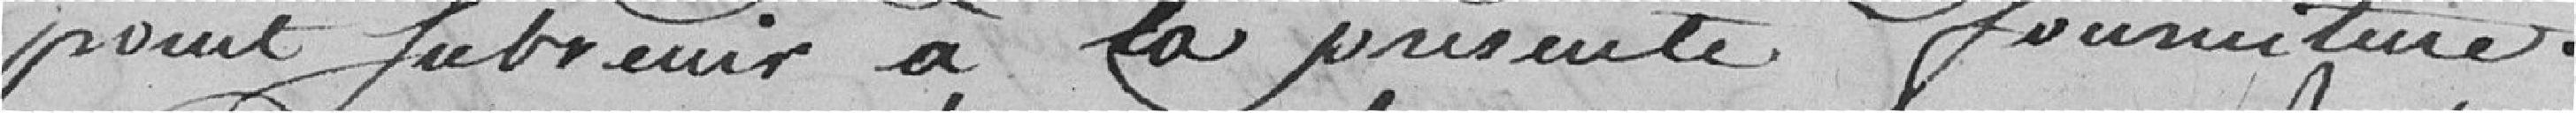
point S'abstenir à la présente fourniture .